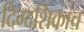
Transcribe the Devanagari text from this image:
दिग्दर्शिकाच